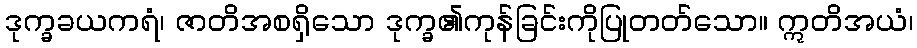
ဒုက္ခခယကရံ၊ ဇာတိအစရှိသော ဒုက္ခ၏ကုန်ခြင်းကိုပြုတတ်သော။ ဣတိအယံ၊